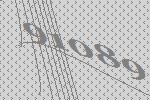
91089